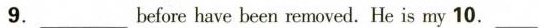
9.___before have been removed. He is my 10. _\underline